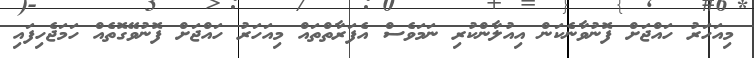
މިއަހަރު ހައްޖަށް ފޮނުވާނެކަން އިއުލާންކުރި ނަމަވެސް އެފަރާތްތައް މިއަހަރު ހައްޖަށް ފޮނުވޭގޮތެއް ހަމަޖެހިފައި